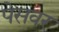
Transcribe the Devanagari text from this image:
पेसवर